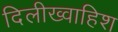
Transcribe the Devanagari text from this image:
दिलीख्वाहिश